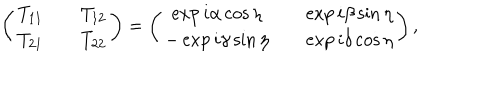
\left( \begin{matrix} { { T _ { 1 1 } } } & { { } } & { { T _ { 1 2 } } } \\ { { T _ { 2 1 } } } & { { } } & { { T _ { 2 2 } } } \\ \end{matrix} \right) = \left( \begin{matrix} { { \exp { i \alpha } \cos { \eta } } } & { { } } & { { \exp { i \beta } \sin { \eta } } } \\ { { - \exp { i \gamma } \sin { \eta } } } & { { } } & { { \exp { i \delta } \cos { \eta } } } \\ \end{matrix} \right) ,